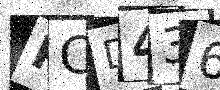
Text: PCD436